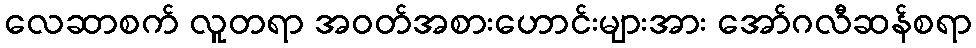
လေဆာစက် လူတရာ အဝတ်အစားဟောင်းများအား အော်ဂလီဆန်စရာ